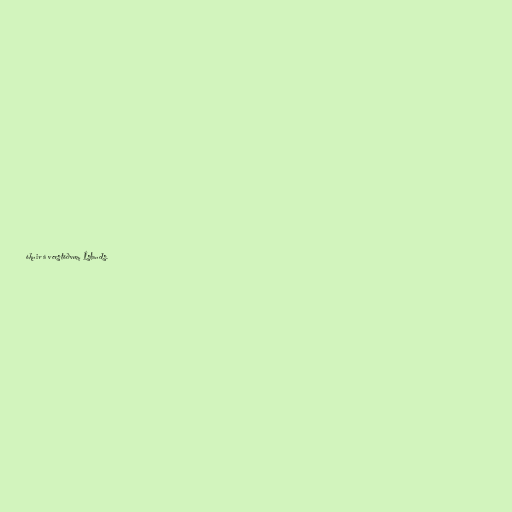
óknir á verstöðvum Íslands.